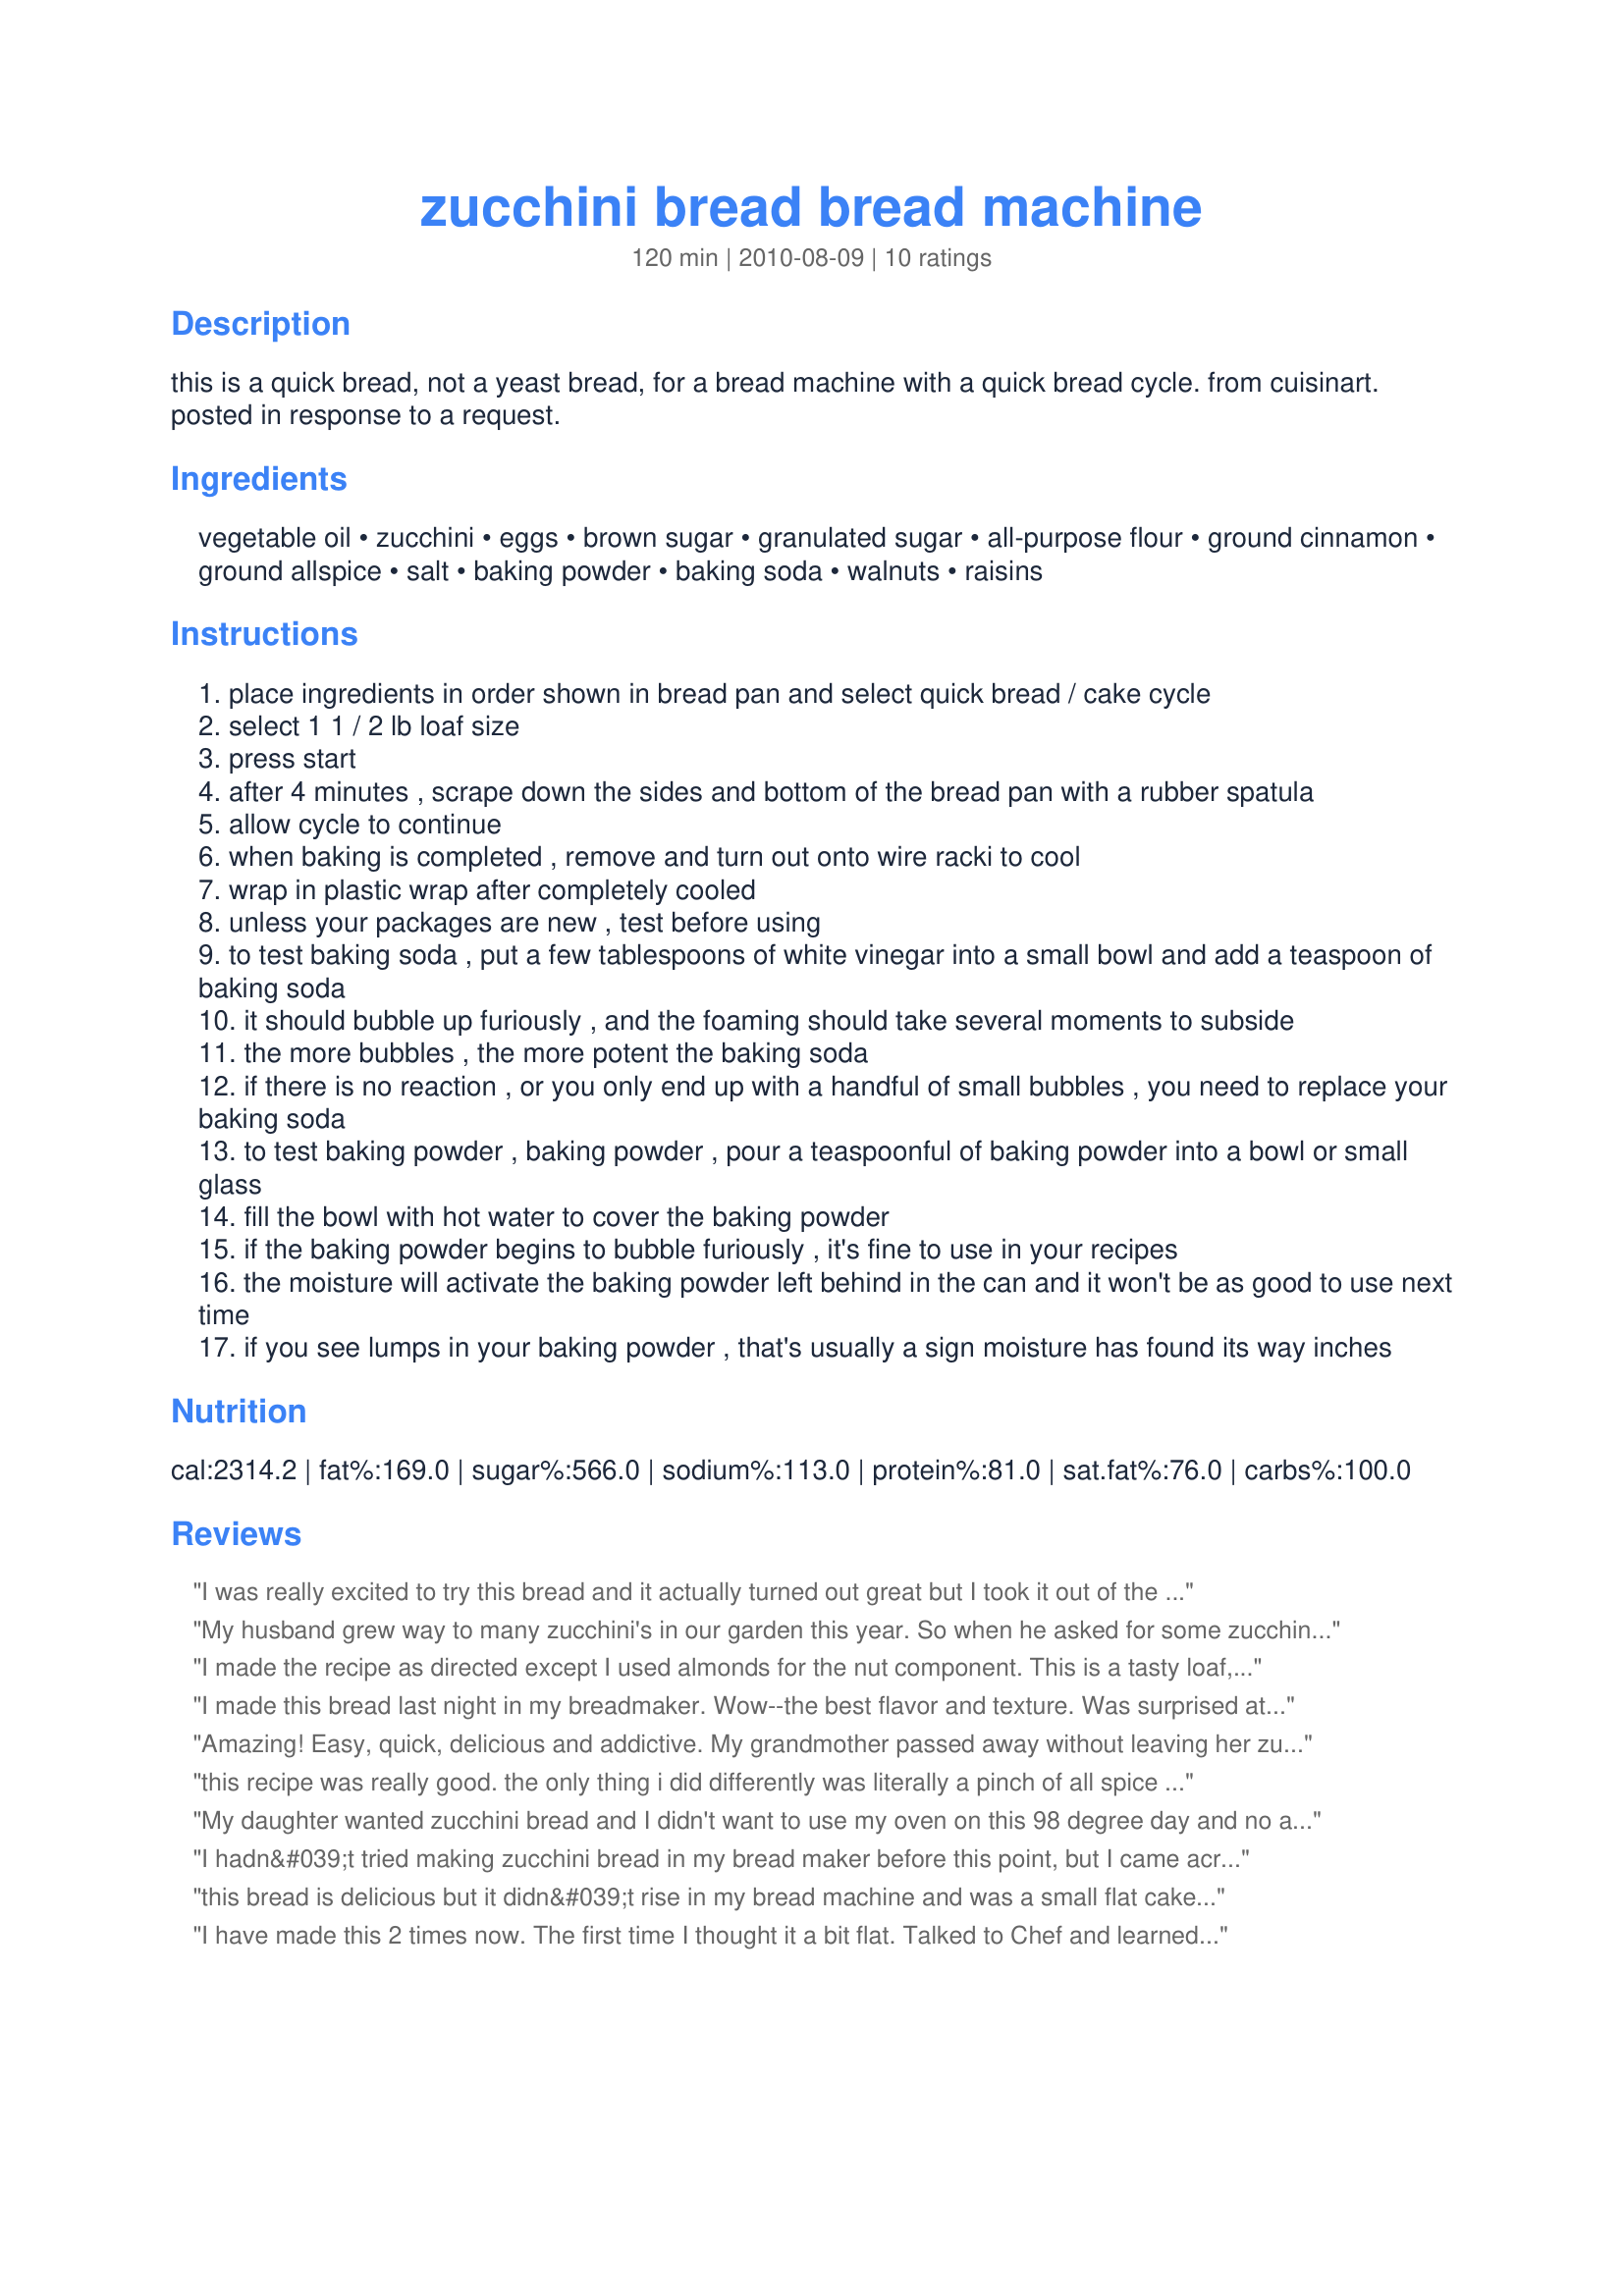
zucchini bread bread machine
Preparation time: 120 minutes

this is a quick bread, not a yeast bread, for a bread machine with a quick bread cycle. from cuisinart. posted in response to a request.

Ingredients:
vegetable oil, zucchini, eggs, brown sugar, granulated sugar, all-purpose flour, ground cinnamon, ground allspice, salt, baking powder, baking soda, walnuts, raisins

Steps:
place ingredients in order shown in bread pan and select quick bread / cake cycle
select 1 1 / 2 lb loaf size
press start
after 4 minutes , scrape down the sides and bottom of the bread pan with a rubber spatula
allow cycle to continue
when baking is completed , remove and turn out onto wire racki to cool
wrap in plastic wrap after completely cooled
unless your packages are new , test before using
to test baking soda , put a few tablespoons of white vinegar into a small bowl and add a teaspoon of baking soda
it should bubble up furiously , and the foaming should take several moments to subside
the more bubbles , the more potent the baking soda
if there is no reaction , or you only end up with a handful of small bubbles , you need to replace your baking soda
to test baking powder , baking powder , pour a teaspoonful of baking powder into a bowl or small glass
fill the bowl with hot water to cover the baking powder
if the baking powder begins to bubble furiously , it's fine to use in your recipes
the moisture will activate the baking powder left behind in the can and it won't be as good to use next time
if you see lumps in your baking powder , that's usually a sign moisture has found its way inches

Reviews:
I was really excited to try this bread and it actually turned out great but I took it out of the bread machine 25 minutes prior to the end of the cooking cycle. Thank goodness I did, it was already a little bit overcooked. The recipe calls for setting the bread machine to 1.5 pounds but I am wondering if it should be 1 pound. I am new to the bread machine world so don't know much about how to determine which weight setting. What I loved about the bread was that it wasn't too sweet yet it had a lot of flavor from the spices. I used pecans instead of walnuts. Yum.
My husband grew way to many zucchini's in our garden this year. So when he asked for some zucchini bread I came upon this recipe. OMG. Even my picky daughter who never touches zucchini could not get enough of this. This is to die for! The directions are very clear. Thank you so much. Will be making this again this week! Thank god for all those zucchini's after finding this recipe!
I made the recipe as directed except I used almonds for the nut component. This is a tasty loaf, but as you can see by the photo, this bread did not raise very high. Thanks for sharing this recipe.
I made this bread last night in my breadmaker. Wow--the best flavor and texture. Was surprised at how small a loaf it made (my machine is rectangular in response to Chef1MOM), but what a hit with the family. I made a couple of mistakes when I made the bread as I was comparing several recipes at once--mine had 1 cup more zucchini and I added a pinch more flour, baking powder and baking soda to accommodate the extra zucchini. I made some traditional oven baked today and the family prefers this recipe! I will make this again--and I will follow the directions--for a change!
Amazing! Easy, quick, delicious and addictive.
My grandmother passed away without leaving her zucchini bread recipe and this recipe is so similar in taste, its satisfied my craving!
this recipe was really good. the only thing i did differently was literally a pinch of all spice verses the listed amount. the 2nd time i made it i used 1/2 the listed amount of all spice and none of us liked it as much, a pinch was perfect for us. the bread was light and cooked in the machine perfectly.
My daughter wanted zucchini bread and I didn't want to use my oven on this 98 degree day and no air conditioning. I did a search and the first recipe I came across was this one. So happy I went with it. I have a bread machine that make 2 one pound loaves so I split the recipe in half and made 2 very adorable loaves. This recipe was easy to follow and baked up a very tasty and soft bread. I will definitely be making this recipe for years to come
I hadn&#039;t tried making zucchini bread in my bread maker before this point, but I came across your recipe and decided to try it. The bread turned out fantastic. I followed the recipe except I used pecans instead of walnuts and chocolate chips instead of raisins. I was very impressed with the results. Thank you for sharing this recipe.
this bread is delicious but it didn&#039;t rise in my bread machine and was a small flat cake.&lt;br/&gt;but it was enjoyed by my mom and me so I gave it 4 stars. If they could only revise the recipe so it is a regular loaf I would give it 5!
I have made this 2 times now. The first time I thought it a bit flat. Talked to Chef and learned some things. Now I realize my newbread machine has a large square loaf pan as opposed to a rectangle loaf pan, thus the lack of height in shape. The taste was PERFECTION! Not only did the taste testers like it they asked for more. Thank goodness I had made 2 for them. Tje first was to a T directions. The 2nd I added in dried cranberries and walnuts and a handful of chocolate chips. ( More for a dessert or after dinner bread but it went the same as the first GONE. I am going to play with the recipe a bit to see if I can get it to rise more and not be so dense but other than that it is great. I baked it on sweet bread setting for 1.5 loaf.
